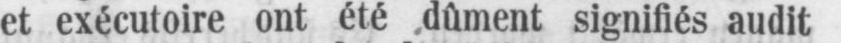
et exécutoire ont été dûment signifiés audit